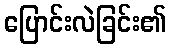
ပြောင်းလဲခြင်း၏